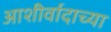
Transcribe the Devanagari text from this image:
आशीर्वादाच्या